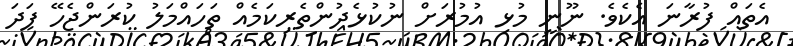
އެތައް ފުރާނަ އެކެވެ. ނޫނީ މުޅި އުމުރަށް ނުކުޅެދުންތެރިކަމެއް ތަހައްމަލު ކުރަންޖެހޭ ފަދަ